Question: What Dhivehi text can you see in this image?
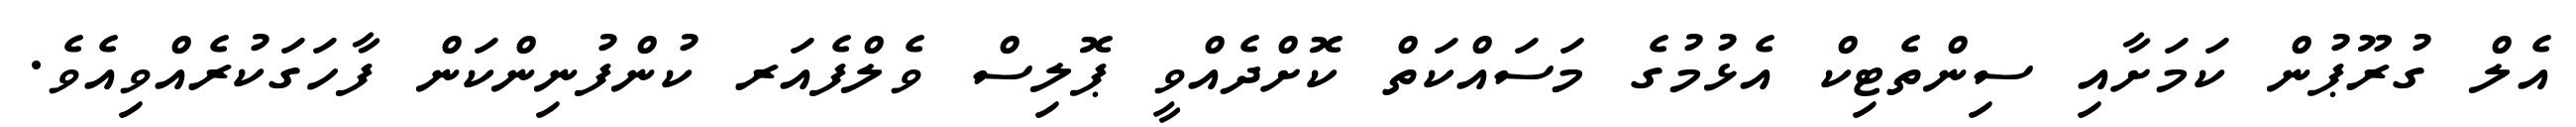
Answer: އެލް ގުރޫޕުން ކަމަށާއި ސިންތެޓިކް އެޅުމުގެ މަސައްކަތް ކޮށްދެއްވީ ޕޮލިސް ވެލްފެއަރ ކުންފުނިންކަން ފާހަގަކުރެއްވިއެވެ.